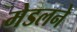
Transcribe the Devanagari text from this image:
मेडलने